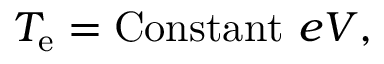
T _ { \mathrm { e } } = \mathrm { C o n s t a n t } \, \, e V ,